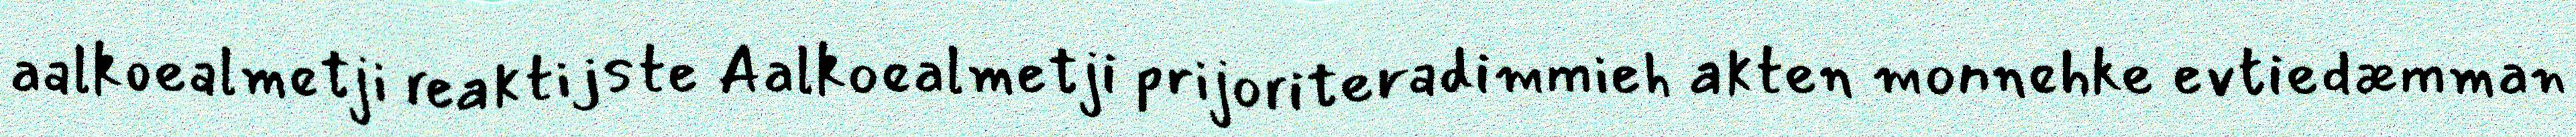
aalkoealmetji reaktijste Aalkoealmetji prijoriteradimmieh akten monnehke evtiedæmman